Leaving Certificate Examination, 1914
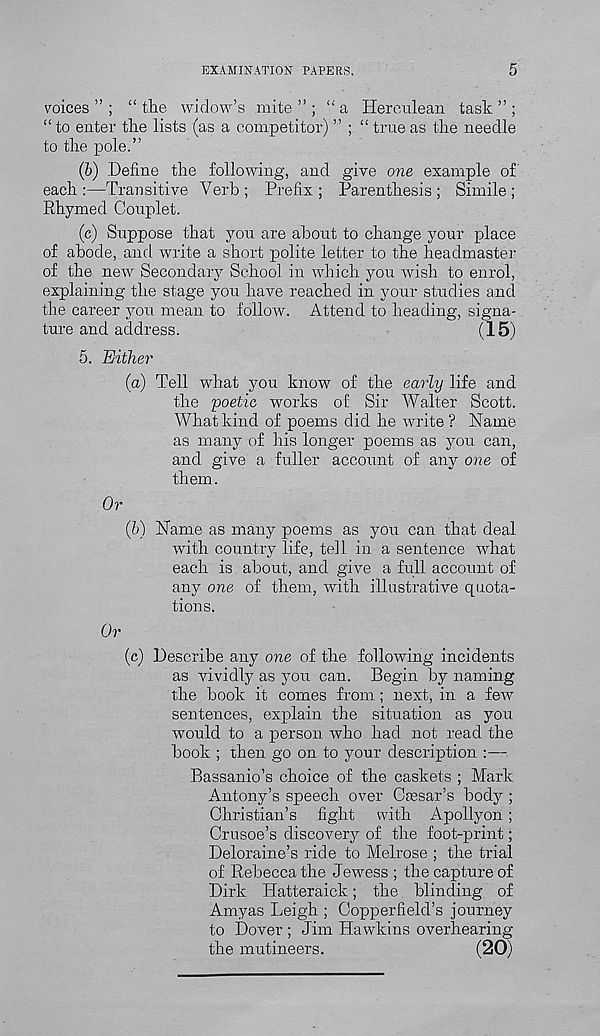
EXAMINATION PAPERS.
5
voices ” ; “the widow’s mite”; “a Herculean task”;
“ to enter the lists (as a competitor) ” ; “ true as the needle
to the pole.”
(b) .Define the following, and give one example of
each :—Transitive Verb ; Prefix ; Parenthesis ; Simile ;
Rhymed Couplet.
(c) Suppose that you are about to change your place
of abode, and write a short polite letter to the headmaster
of the new Secondary School in which you wish to enrol,
explaining the stage you have reached in your studies and
the career you mean to follow. Attend to heading, signa-
ture and address.
(15)
5. Either
(a) Tell what you know of the early life and
the poetic works of Sir Walter Scott.
What kind of poems did he write ? Name
as many of his longer poems as you can,
and give a fuller account of any one of
them.
Or
(b) Name as many poems as you can that deal
with country life, tell in a sentence what
each is about, and give a full account of
any one of them, with illustrative quota-
tions.
Or
(c) Describe any one of the following incidents
as vividly as you can. Begin by naming
the book it comes from; next, in a few
sentences, explain the situation as you
would to a person who had not read the
book ; then go on to your description :—
Bassanio’s choice of the caskets ; Mark
Antony’s speech over Gsesar’s body ;
Christian’s fight with Apollyon;
Crusoe’s discovery of the foot-print;
Deloraine’s ride to Melrose ; the trial
of Rebecca the Jewess ; the capture of
Dirk Hatteraick; the blinding of
Amyas Leigh ; Copper field’s journey
to Dover ; Jim Hawkins overhearing
the mutineers.
(20)